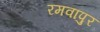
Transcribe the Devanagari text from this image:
रमवापुर